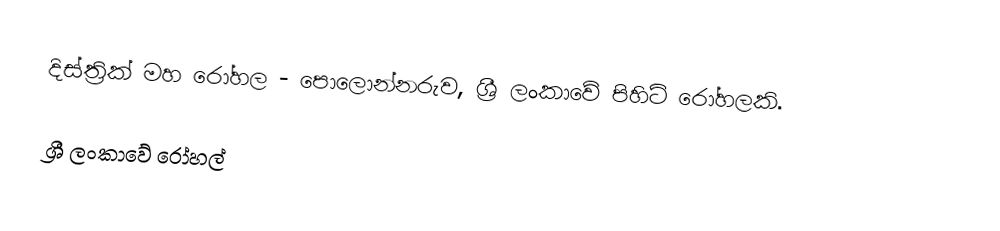
දිස්ත්‍රික් මහ රෝහල - පොලොන්නරුව, ශ්‍රී ලංකාවේ පිහිටි රෝහලකි.

ශ්‍රී ලංකාවේ රෝහල්